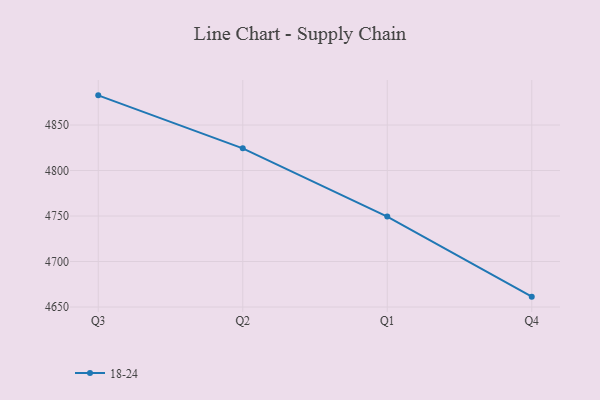
{"axis": {"x": "Quarter", "y": "Shipments"}, "legend": ["18-24"], "data": [{"x": "Q3", "y": 4882.6, "type": "18-24"}, {"x": "Q2", "y": 4824.4, "type": "18-24"}, {"x": "Q1", "y": 4749.4, "type": "18-24"}, {"x": "Q4", "y": 4661.4, "type": "18-24"}]}